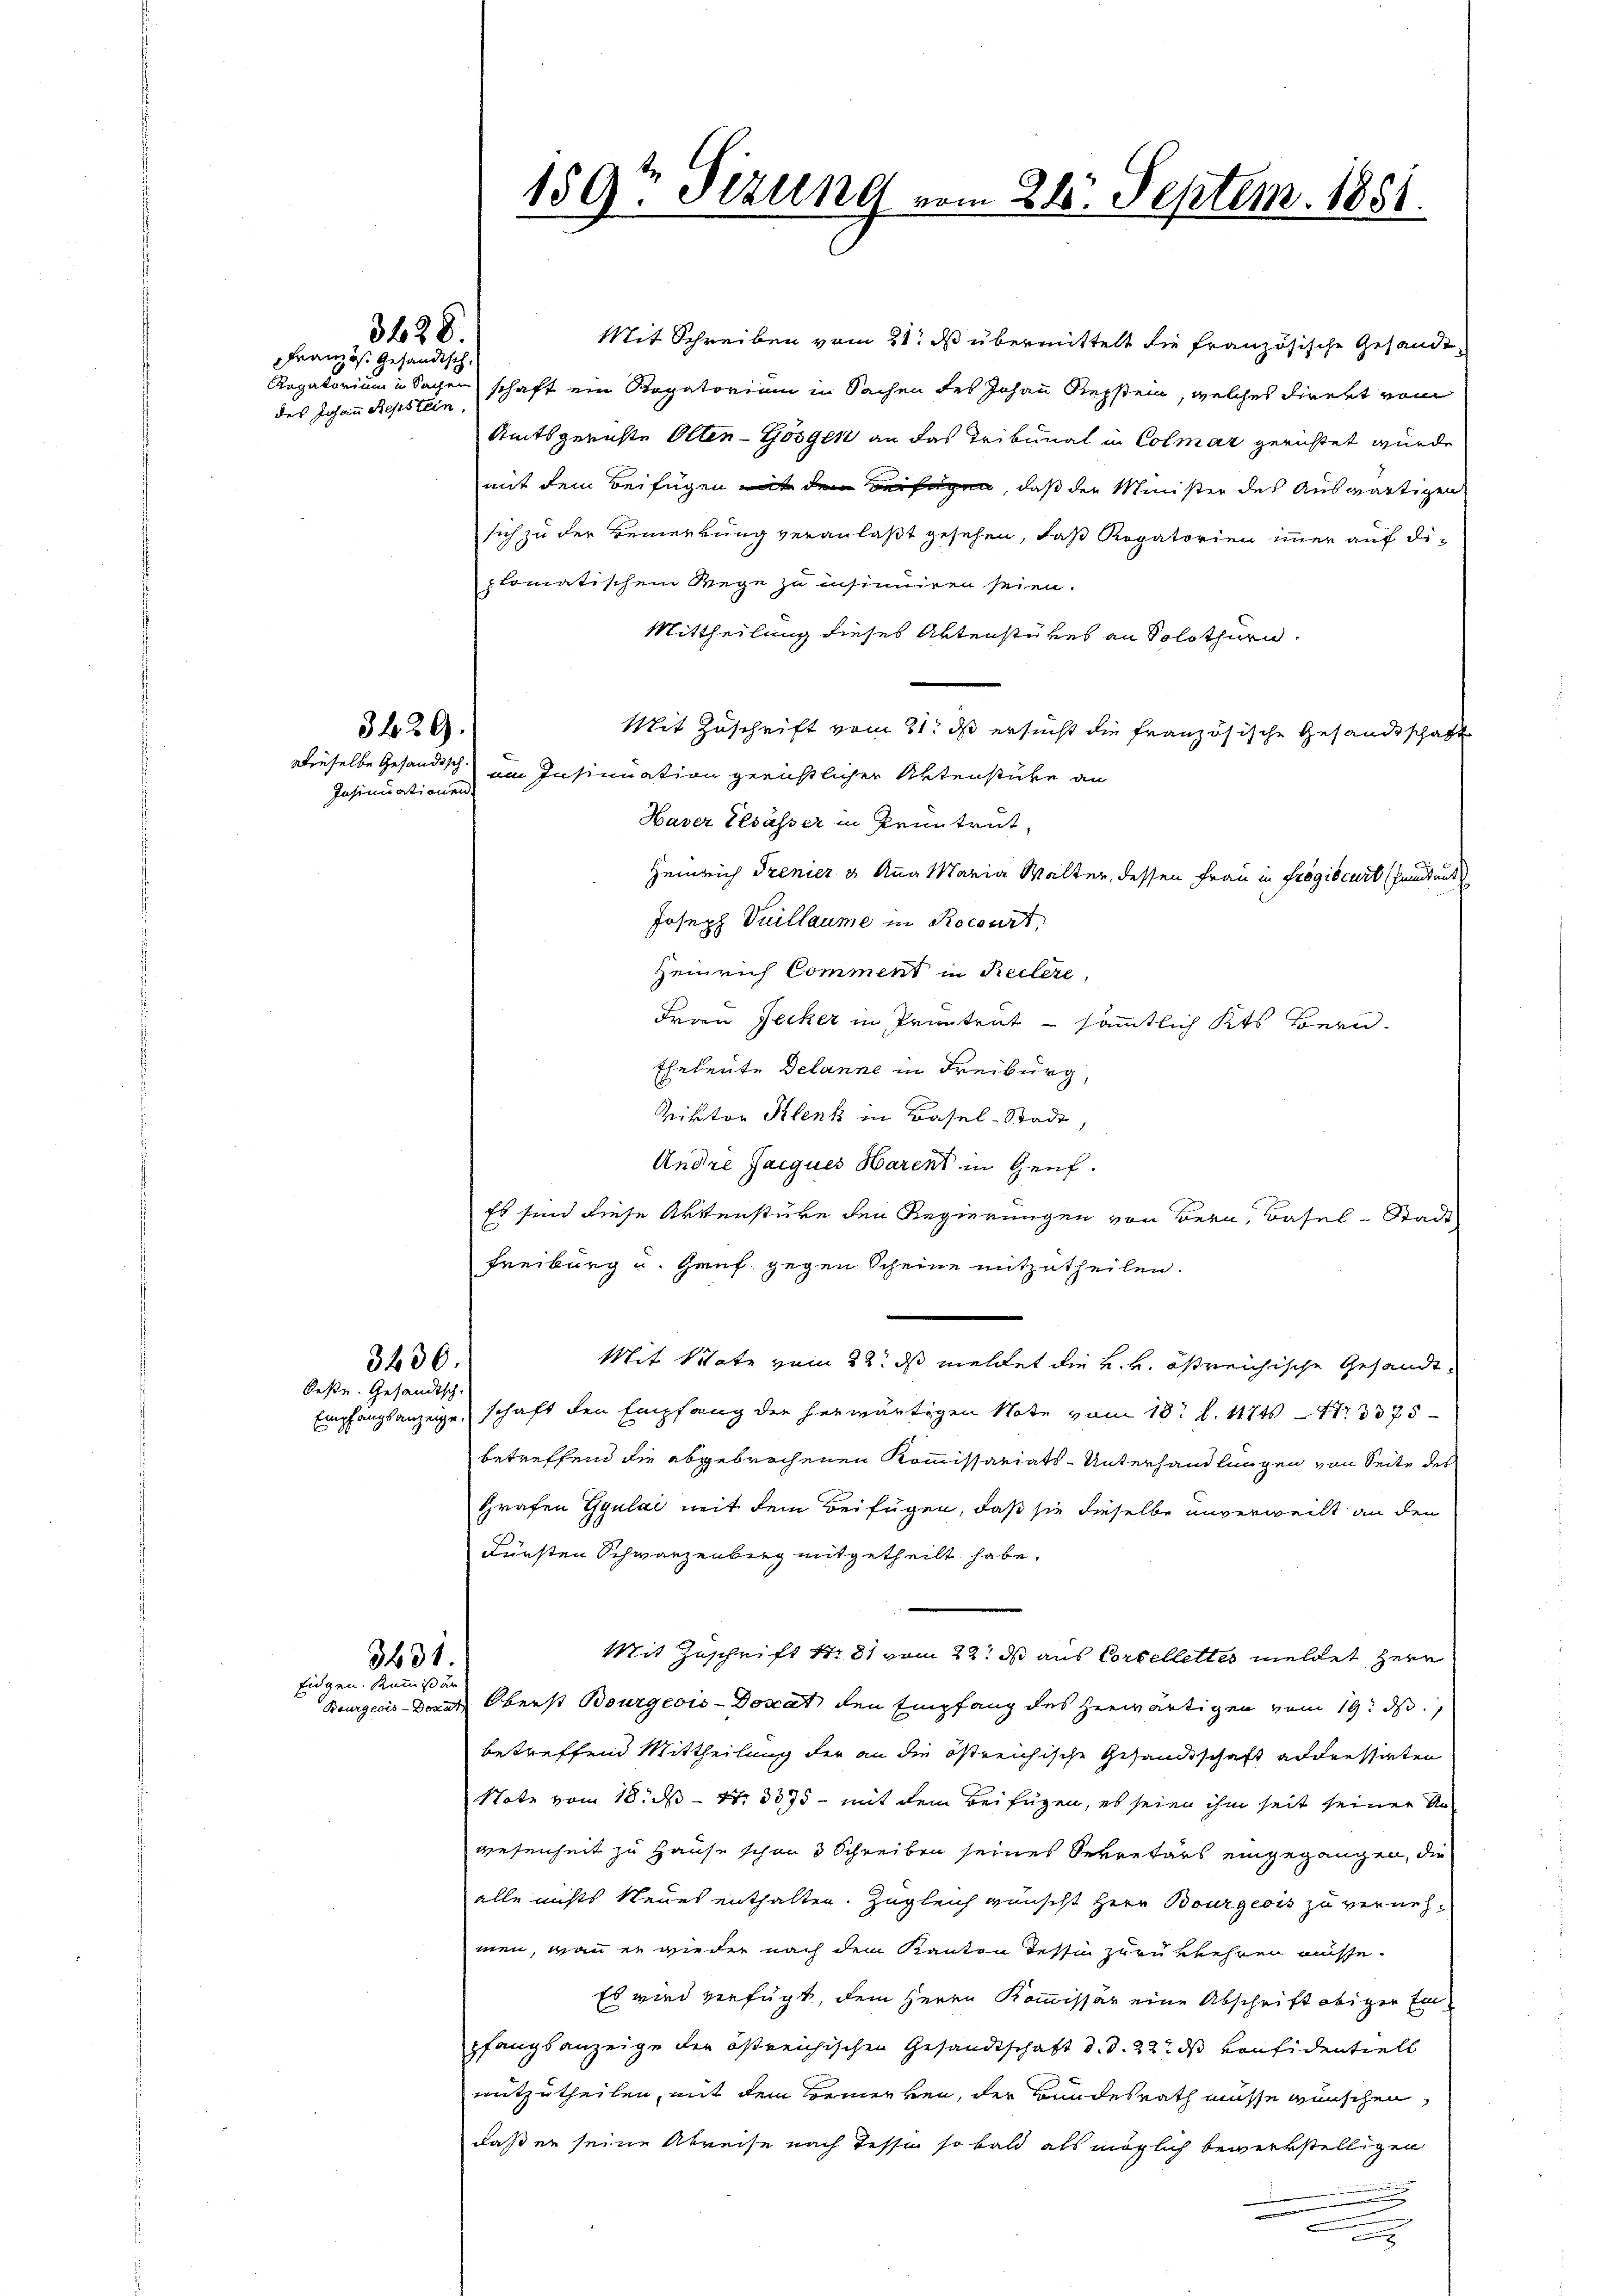
FFranzös. Gehändisch.
des Johann Repstein,

3628.

Insinuationen.

3429.

3430.
Oestr. Gesandtsch

3431.
Eidgen. Kommis an

Mit Schreiben vom 21. ds übermittelt die französische Gesande
Rogatorium in Sachen schaft ein Rogatorium in Sachen des Johann Repstein, welches direkt vom
Amtsgerichte Otten-Gösgen an das Tribunal in Colmar gerichtet wurde,
mit dem Beifügen mit dem Beifügen, daß der Minister des Auswärtigen
sich zu der Bemerkung veranlaßt gesehen, daß Rogatorien immer auf diplomatischem Wege zu insiniren seien.
Mittheilung dieses Aktenstükes an Solothurn.
Mit Zuschrift vom 21. ds ersucht die französische Gesandtschaft
Dieselbe Gesandt im Insinuation gerichtlicher Aktenstücke an
Haver Elsässer in Pruntrut,
Heinrich Trenier u. Anna Maria Walter, dessen Frau in frogiscurt fandant
Joseph Vuillaume in Rocourt,
Heinrich Comment in Reitere,
Frau Jecker in Prüntent - sämmtlich Kts. Bern.
Eheleute Delanne in Freiburg,
Viktor Klenk in Basel-Stadt
Andre Jacques Harens in Genf.
Es sind diese Aktenstüke den Regierungen von Bern, Basel-Stadt
Freiburg u. Gruf gegen Scheine mitzutheilen.
Mit State vom 22. ds meldet die k. k. östreichische Gesandt¬
Empfangsanzeige, schaft den Empfang der herwärtigen Note vom 18t d. 11745 — 113375
betreffend die abgebrochenen Kommissariats-Unterhandlungen von Seite des
Grafen Gyulai mit dem Beifügen, daß sie dieselbe unverweilt an den
Fürsten Schwarzenberg mitgetheilt habe.
Mit Zuschrift S. 81 vom 22t ds aus Cortellettes meldet Herr
Bourgeois Donat Oberst Bourgeois-Donat den Empfang des herwärtigen vom 19. ds.,
betreffend Mittheilung der an die östreichische Gesandtschaft andressirten
Note vom 18. ds – 17. 3075 - mit dem Beifügen, es seien ihm seit seinen Anwesenheit zu Hause schon 3 Schreiben seines Sekretärs eingegangen, die
alle nichts Neues enthalten. Zugleich wünscht Herr Bourgeois zu vernehmen, wenn er wieder nach dem Kanton Tessin zurükkehren müsse.
Es wird verfügt, dem Herrn Kommissär eine Abschrift obiger Einpfangsanzeige der östreichischen Gesandtschaft d. d. 22. ds Konsidentiell
mitzutheilen, mit dem Bemerken, der Bundesrath müsse wünschen,
daß er seine Abreise nach Tessin so bald als möglich bemerkstelligen
.
.

159r Sizung vom 24. Septem. 1851.